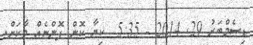
ޑިސެމްބަރު 29